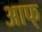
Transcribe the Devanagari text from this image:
आफ्